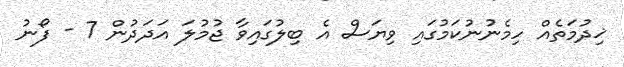
ޚިދުމަތެއް ހިމެނުނުކަމުގައި ވިޔަސް އެ ބިލުގައިވާ ޖުމުލަ އަދަދުން 7 - ފޯނު